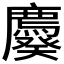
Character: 𰐆